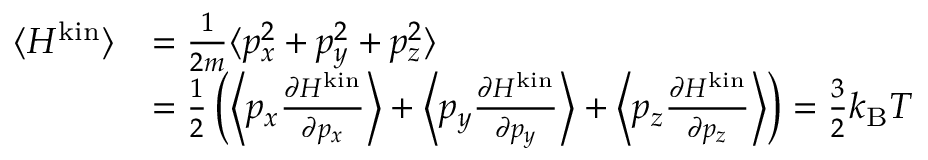
{ \begin{array} { r l } { \langle H ^ { \mathrm { k i n } } \rangle } & { = { \frac { 1 } { 2 m } } \langle p _ { x } ^ { 2 } + p _ { y } ^ { 2 } + p _ { z } ^ { 2 } \rangle } \\ & { = { \frac { 1 } { 2 } } \left( \left\langle p _ { x } { \frac { \partial H ^ { \mathrm { k i n } } } { \partial p _ { x } } } \right\rangle + \left\langle p _ { y } { \frac { \partial H ^ { \mathrm { k i n } } } { \partial p _ { y } } } \right\rangle + \left\langle p _ { z } { \frac { \partial H ^ { \mathrm { k i n } } } { \partial p _ { z } } } \right\rangle \right) = { \frac { 3 } { 2 } } k _ { \mathrm { B } } T } \end{array} }